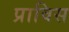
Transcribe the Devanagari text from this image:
प्राविस